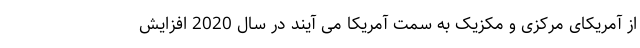
از آمریکای مرکزی و مکزیک به سمت آمریکا می آیند در سال 2020 افزایش